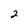
Character: 2